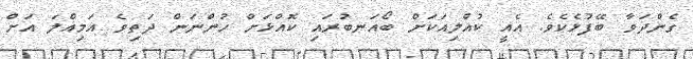
ގެންދަވާ ބޭފުޅެކެވެ. އެއީ ކުއްލިއަކަށް ބޯއަނބުރައި ކޮއްޅަށް ހުންނަން ދަތިވެ އަމިއްލަ އަށް